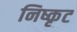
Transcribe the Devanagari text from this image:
निष्कृट